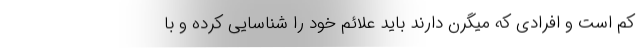
کم است و افرادی که میگرن دارند باید علائم خود را شناسایی کرده و با